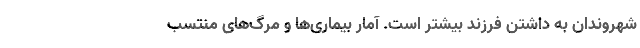
شهروندان به داشتن فرزند بیشتر است. آمار بیماری‌ها و مرگ‌های منتسب‌